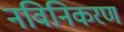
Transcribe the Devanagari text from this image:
नविनिकरण